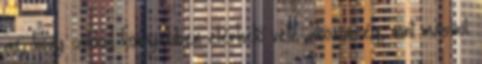
az, hogy sokkal könnyebben elérhető vele aközönség, mint máshol: